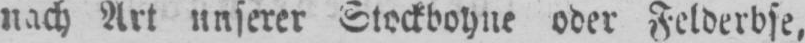
nach Art unserer Stockbohne oder Felderbse,